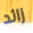
زائد